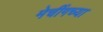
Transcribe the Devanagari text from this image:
मेचींगच्या